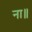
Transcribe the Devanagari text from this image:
ना॥